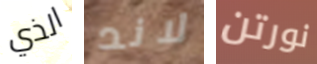
الذي لاند نورتن